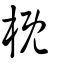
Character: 槪